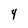
Character: 4